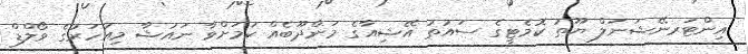
އިންޓަރނޭޝަނަލް ޔޫތު ކޮމެޓީގެ ސައުތު އޭޝިއާގެ މަންދޫބެއް ކަމަށްވާ ނައުޝާ މިއަހަރުގެ ވޯލްޑް